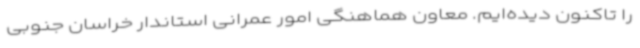
را تاکنون دیده‌ایم. معاون هماهنگی امور عمرانی استاندار خراسان جنوبی